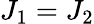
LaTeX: J_{1}=J_{2}